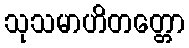
သုသမာဟိတတ္တော